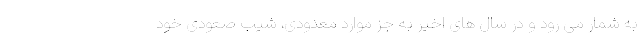
به شمار می رود و در سال های اخیر به جز موارد معدودی، شیب صعودی خود